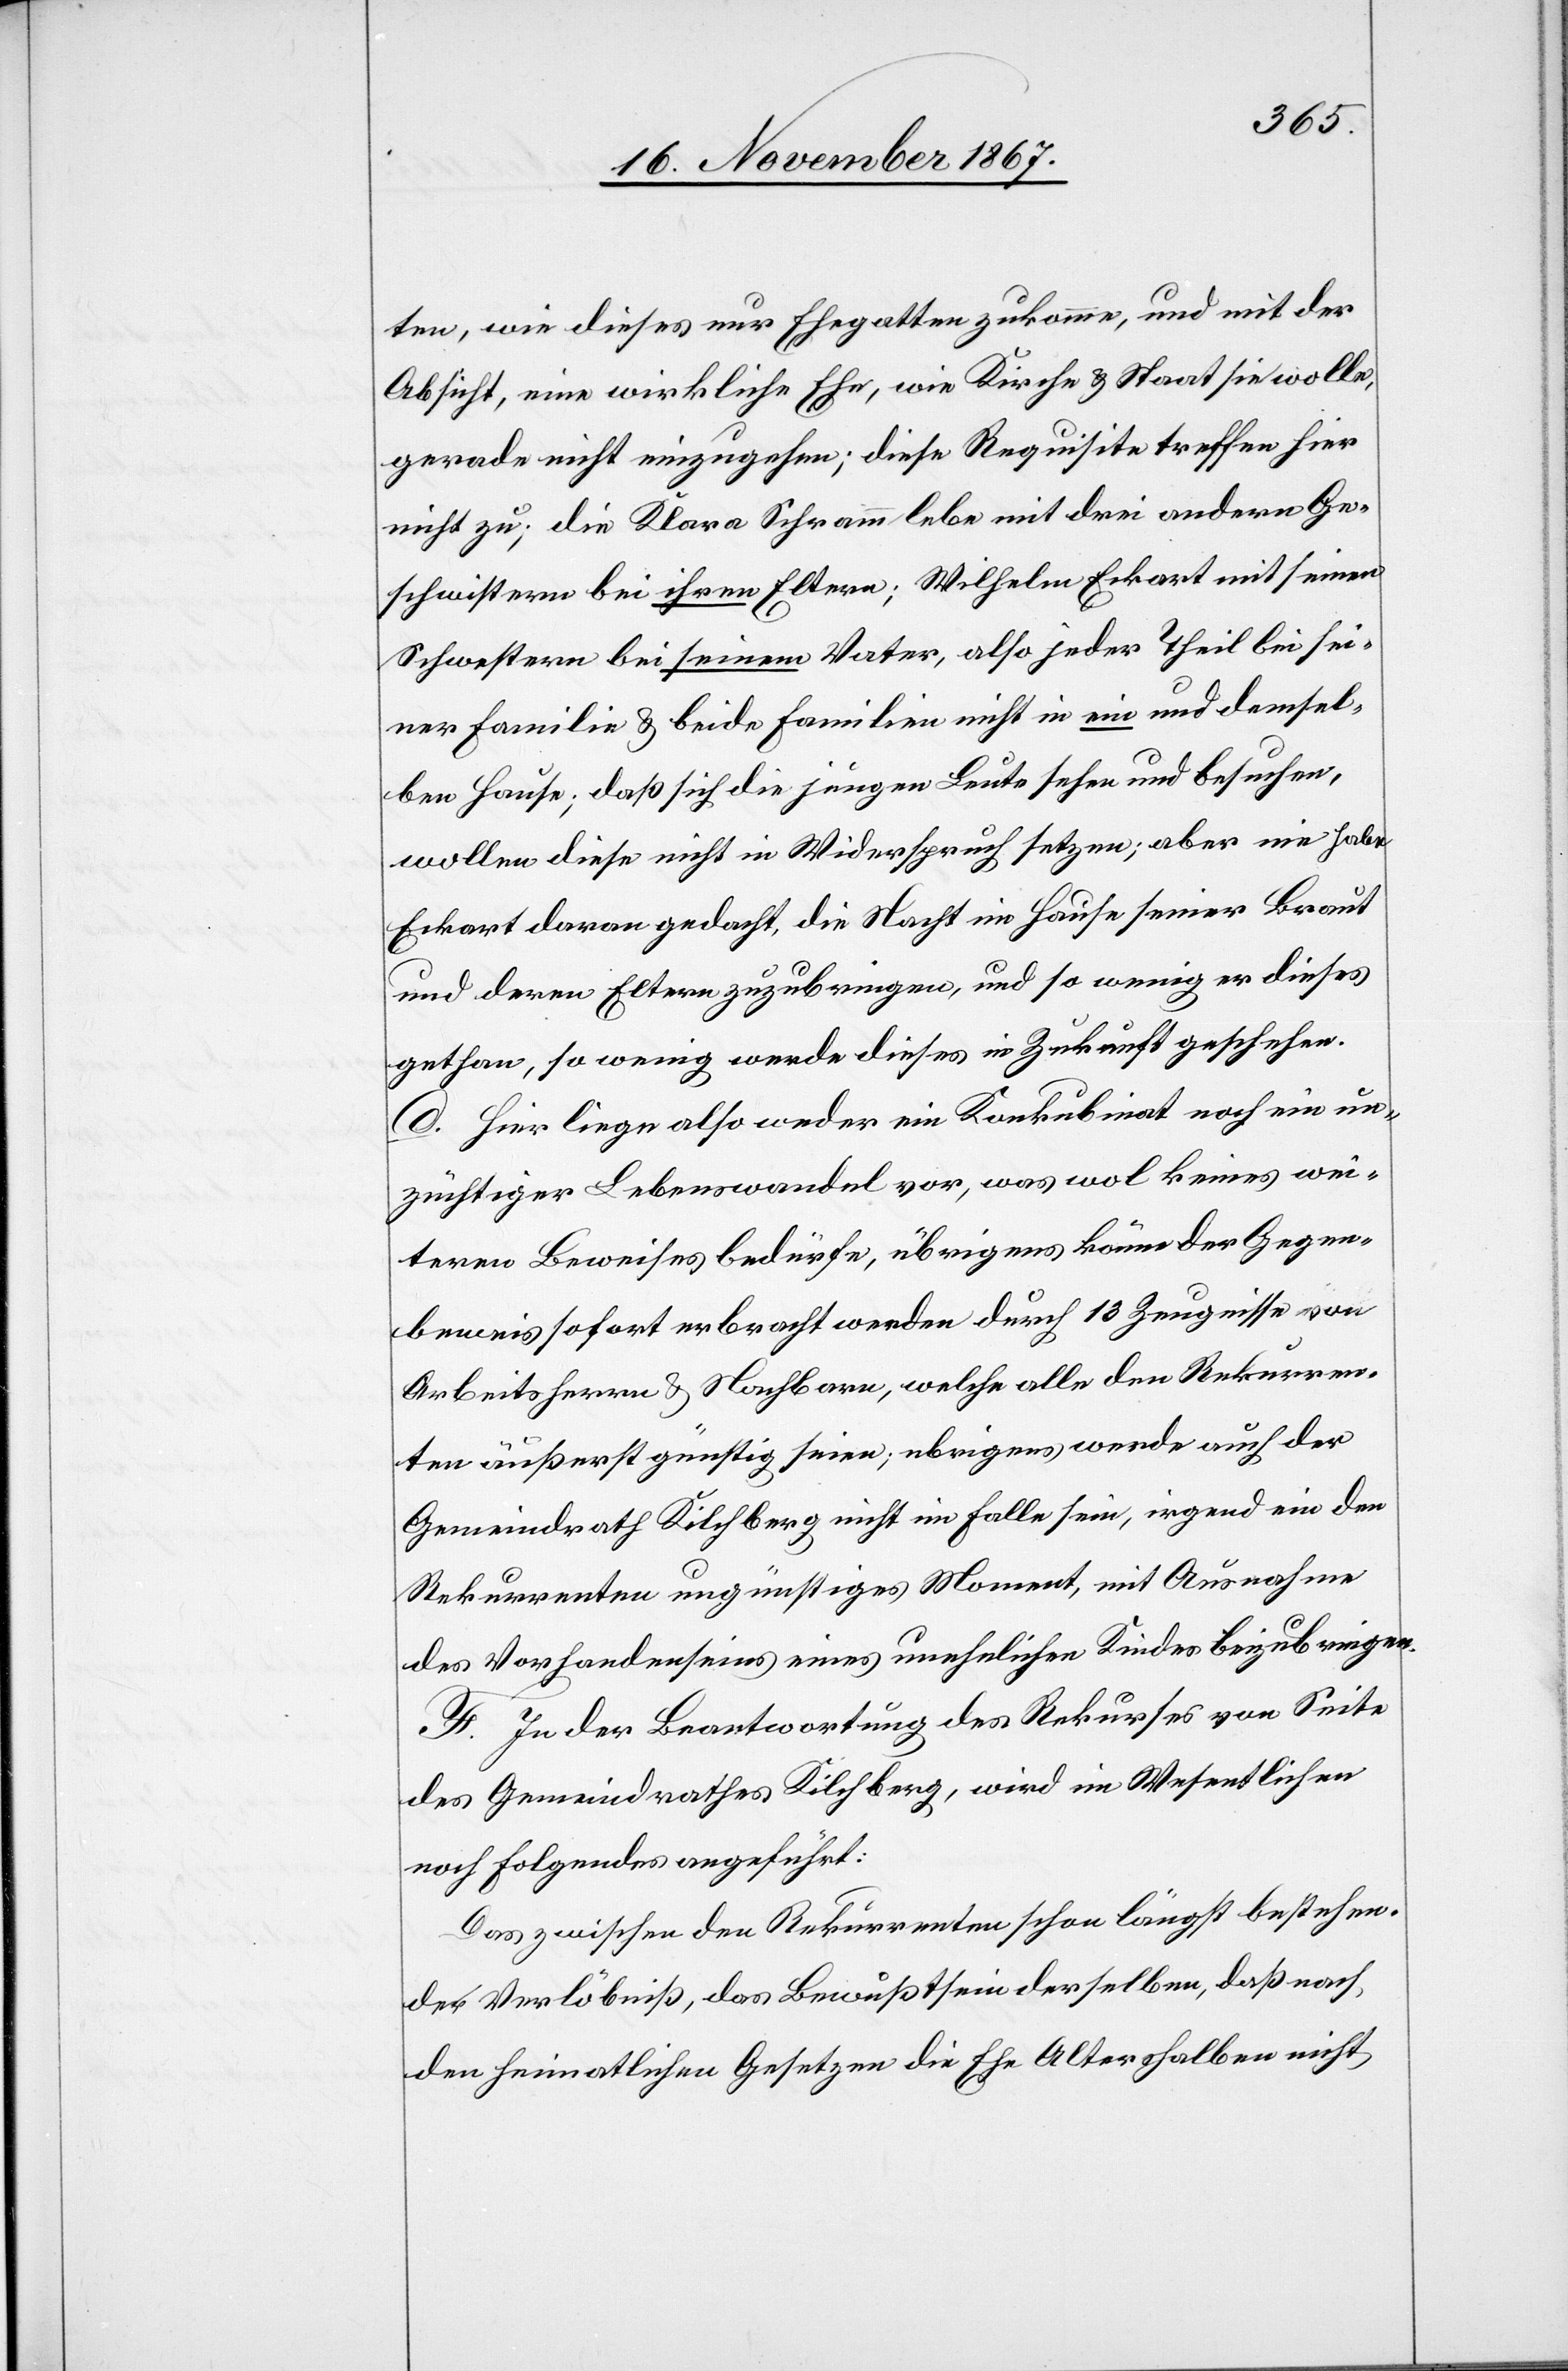
ten, wie dieses nur Ehegatten zukomme, und mit der
Absicht, eine wirkliche Ehe, wie Kirche u. Staat sie wolle,
gerade nicht einzugehen; diese Requisite treffen hier
nicht zu; die Klara Schramm lebe mit drei andern Ge¬
schwistern bei ihren Eltern; Wilhelm Eckart mit seinen
Schwestern bei seinem Vater, also jeder Theil bei sei¬
ner Familie u. beide Familien nicht in ein und demsel¬
ben Hause; daß sich die jungen Leute sehen und besuchen,
wollen diese nicht in Widerspruch setzen; aber nie habe
Eckart daran gedacht, die Nacht im Hause seiner Braut
und deren Eltern zuzubringen, und so wenig er dieses
gethan, so wenig werde dieses in Zukunft geschehen.
d. Hier lege also weder ein Konkubinat noch ein un¬
züchtiger Lebenswandel vor, was wol keines wei¬
tern Beweises bedürfe, übrigens könne der Gegen¬
beweis sofort erbracht werden durch 13 Zeugnisse von
Arbeitsherrn u. Nachbarn, welche alle den Rekurren¬
ten äußerst günstig seien; u[e]brigens werde auch der
Gemeindrath Kilchberg nicht im Falle sein, irgend ein den
Rekurrenten ungünstiges Moment, mit Ausnahme
des Vorhandenseins eines unehelichen Kindes beizubringen.
F. In der Beantwortung des Rekurses von Seite
des Gemeindrathes Kilchberg, wird im Wesentliche¬
n Folgendes angeführt:
Das zwischen den Rekurrenten schon längst bestehen¬
de Verlöbniß, das Bewußtsein derselben, daß nach
den heimatlichen Gesetzen die Ehe Altershalben nicht